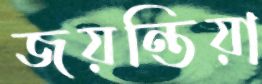
জয়ন্তিয়া